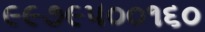
૯૯૭૯૫૦૦૧૬૦